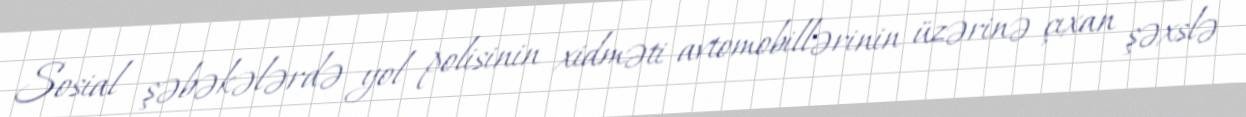
Sosial şəbəkələrdə yol polisinin xidməti avtomobillərinin üzərinə çıxan şəxslə